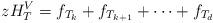
LaTeX: \begin{align*} zH_T^V = f_{T_k} + f_{T_{k+1}} + \cdots + f_{T_d}\end{align*}